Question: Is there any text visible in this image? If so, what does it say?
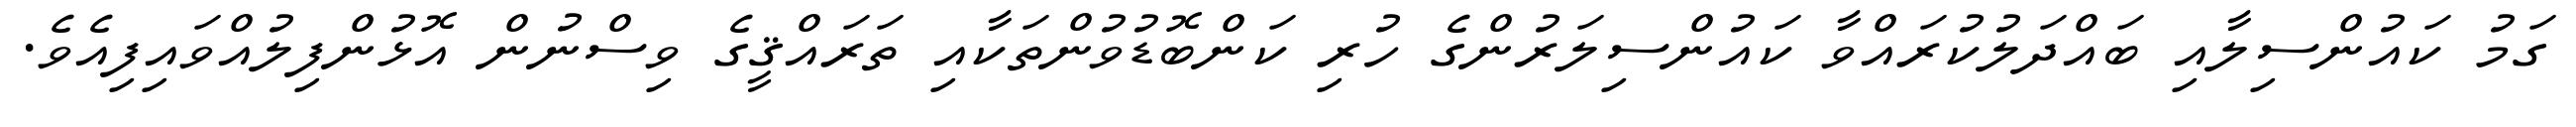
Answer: ގަމު ކައުންސިލާއި ބައްދަލުކުރައްވާ ކައުންސިލަރުންގެ ހުރި ކަންބޮޑުވުންތަކާއި ތަރައްޤީގެ ވިސްނުން އޮޅުންފިލުއްވައިފިއެވެ.